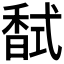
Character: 𮩧